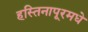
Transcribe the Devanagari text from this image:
हस्तिनापूरमधे